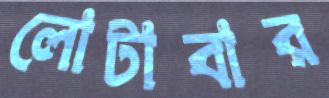
লোটাবার